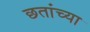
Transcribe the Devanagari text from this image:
छतांच्या